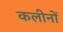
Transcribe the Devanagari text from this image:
कलीनों